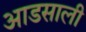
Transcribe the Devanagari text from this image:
आडसाली